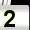
Digit: 2